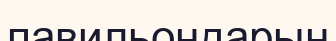
павильондарын